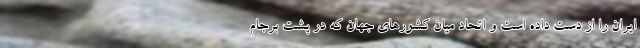
ایران را از دست داده است و اتحاد میان کشورهای جهان که در پشت برجام